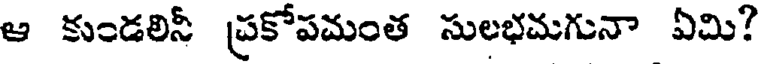
ఆ కుండలినీ ప్రకోపమంత సులభమగునా ఏమి?